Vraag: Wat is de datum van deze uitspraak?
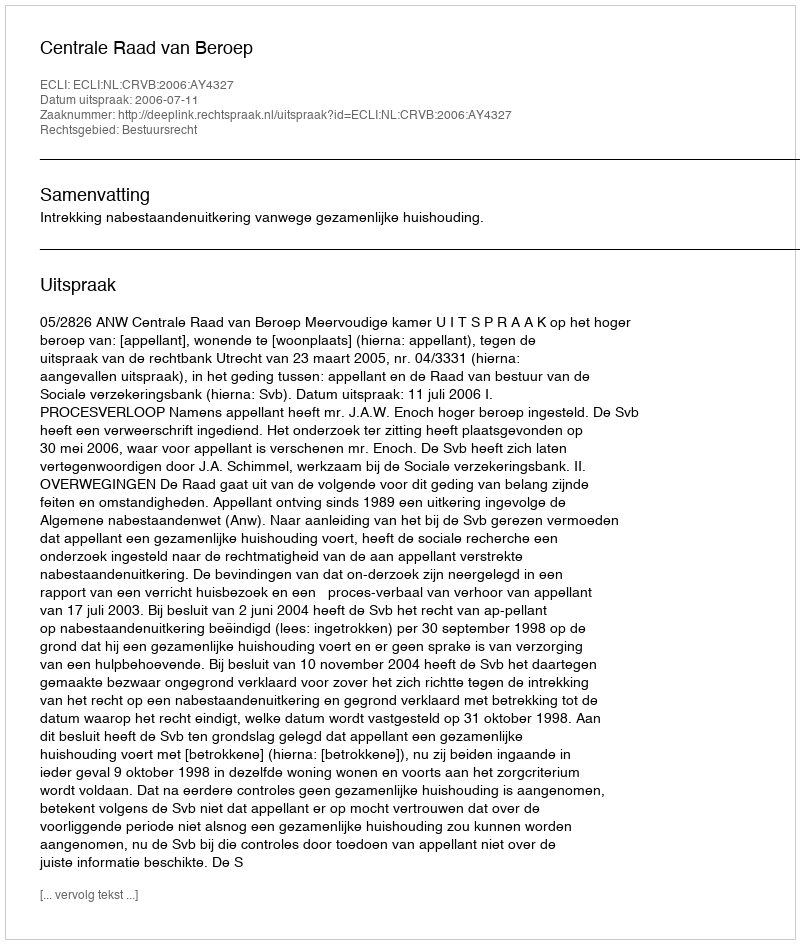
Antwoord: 2006-07-11